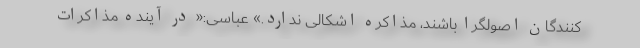
کنندگان اصولگرا باشند، مذاکره اشکالی ندارد.» عباسی:« در آینده مذاکرات